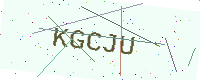
Text: KGCJU